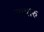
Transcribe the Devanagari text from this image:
सापारु